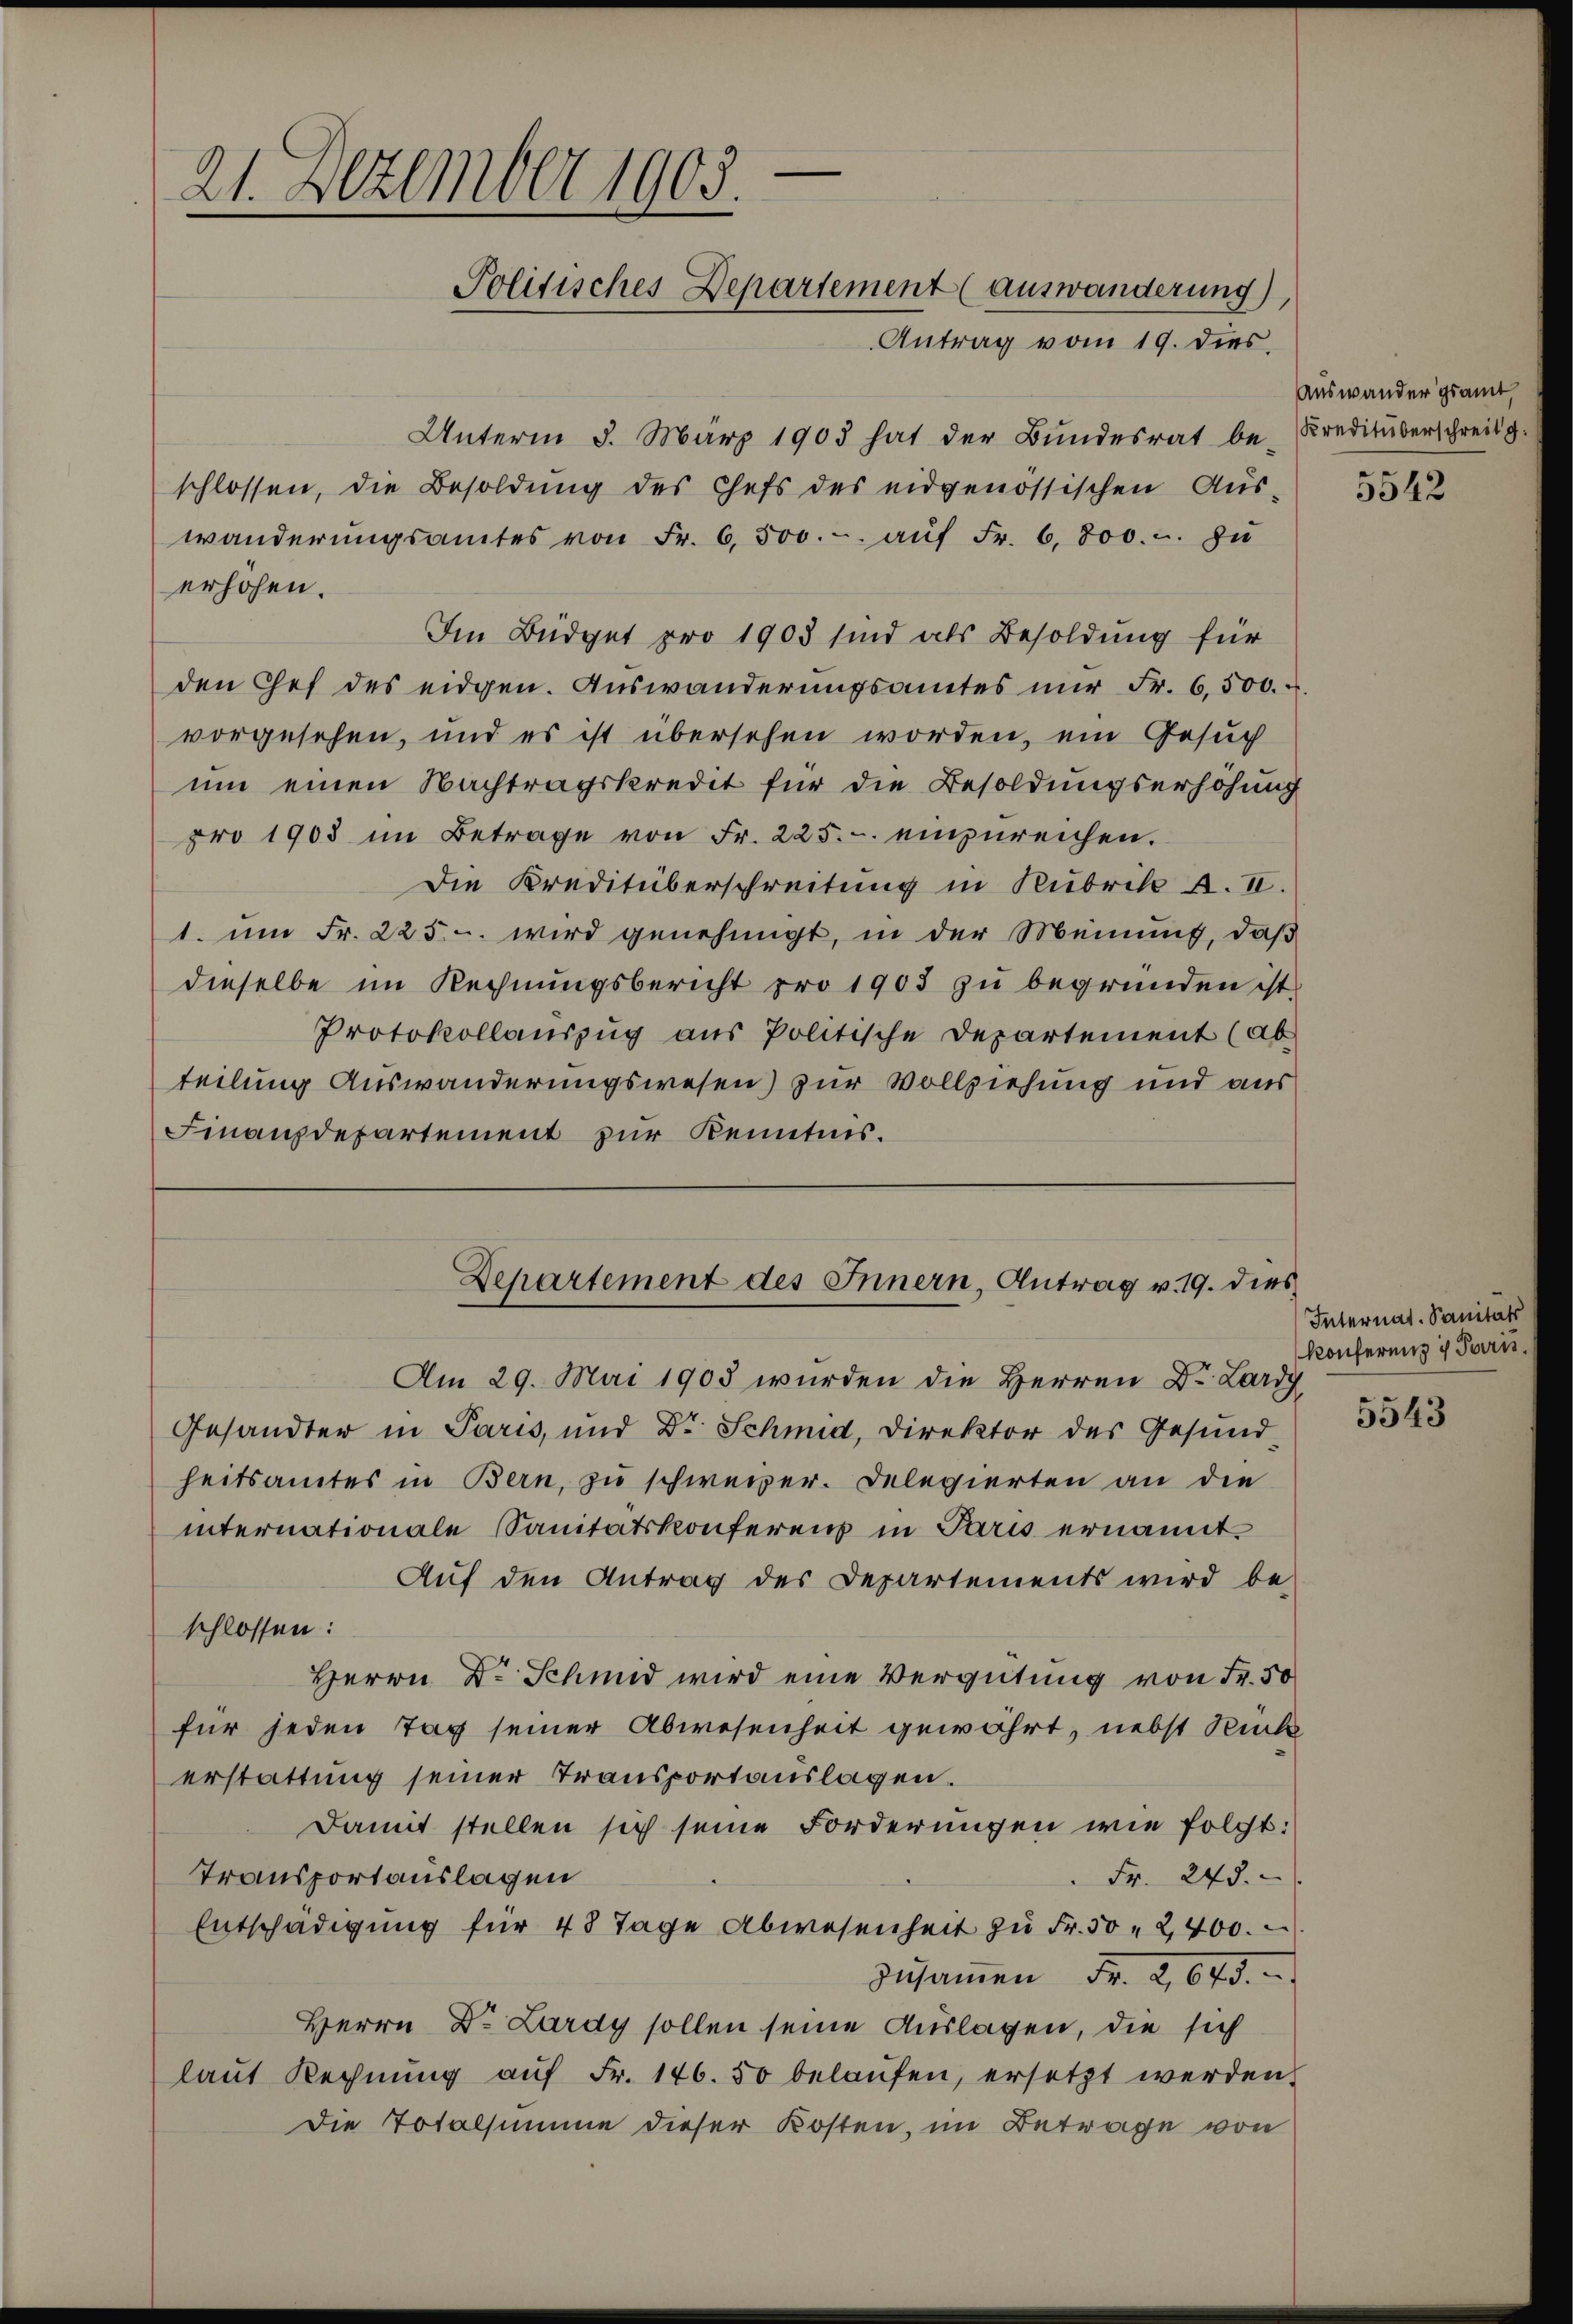
21. Dezember 1903.
Politisches Departement (auswänderung),
Antrag vom 19. dies,

erhöhen.

Unterm 5. März 1903 hat der Bundesrat be- Kreditüberschreibg.
schlossen, die Besoldŭng des Chefs des eidgenössischen Aŭs-
wanderŭngsamtes von Fr. 6500.- aŭf Fr. 6. 800.-. zu
Im Büdget pro 1903 sind als Besoldung für
den Chef des eidgen. Auswanderungsamtes nur Fr. 6,500.
vorgesehen, und es ist übersehen worden, ein Gesuch
um einen Nachtragskredit für die Besoldungserhöhung
pro 1908 im Betrage von Fr. 225. einzureichen.
Die Kreditüberschreitung in Rubrike A. II.
1. um Fr. 225. wird genehmigt, in der Meinung, daß
dieselbe im Rechnungsbericht pro 1903 zu begründen ist,
Protokollauszug aus Politische Departement (ab
teilung Auswanderungswesen) zur Vollziehung und aus
Finanzdepartement zur Kenntnis.

Am 29. Mai 1903 wurden die Herren Dr. Lardy
Gesandter in Paris, und Dr Schmid, Direktor des Gesund
heitsamtes in Bern, zu schweizer. Delegierten an die
internationale Sanitätskonferens in Paris ernannt
Auf den Antrag des Departements wird be-
schlossen:
Herrn Dr. Schmid wird eine Vergütung von Fr. 50
für jeden Tag seiner Abwesenheit gewährt, nebst Rück
erstattung seiner Transportauslagen.
Damit stellen sich seine Forderungen wie folgt:
 Fr. 245.
Transportauslagen
Entschädigung für 48 Tage Abwesenheit zu Fr. 50 " 2400.
zusammen Fr. 2, 645.
Herrn Dr. Lardy sollen seine Auslagen, die sich
laŭt Rechnŭng aŭf Fr. 146. 50 belaŭfen, ersetzt werden.
die Totalsumme dieser Kosten, im Betrage von

Departement des Innern, Antrag v. 19. dies

Auswander gesamt,

5542

Internat. Sanitäts
Konferung u Parn.

5543